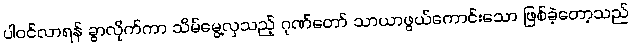
ပါဝင်လာရန် ခွာလိုက်ကာ သိမ်မွေ့လှသည့် ဂုဏ်တော် သာယာဖွယ်ကောင်းသော ဖြစ်ခဲ့တော့သည်